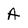
Character: A